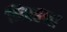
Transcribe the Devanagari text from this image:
निश्हना